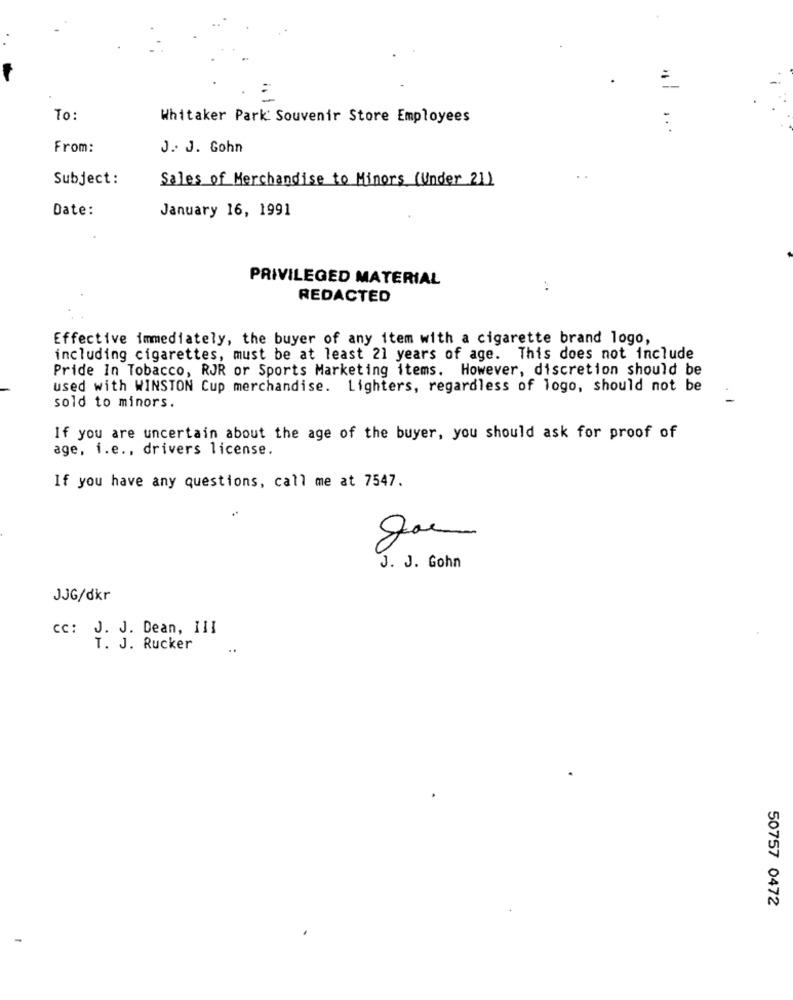
To:
Whitaker Park Souvenir Store Employees
From:
J. J. Gohn
Subject :
Sales of Merchandise to Minors (Under 21)
Date:
January 16, 1991
PRIVILEGED MATERIAL
REDACTED
Effective immediately, the buyer of any item with a cigarette brand logo,
including cigarettes, must be at least 21 years of age. This does not include
Pride In Tobacco, RJR or Sports Marketing items. However, discretion should be
used with WINSTON Cup merchandise. Lighters, regardless of logo, should not be
sold to minors.
If you are uncertain about the age of the buyer, you should ask for proof of
age, i.e ., drivers license.
If you have any questions, call me at 7547.
J. J. Gohn
JJG/dkr
cc: J. J. Dean, III
T. J. Rucker
...
50757 0472